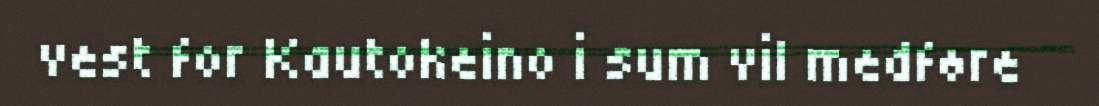
vest for Kautokeino i sum vil medføre